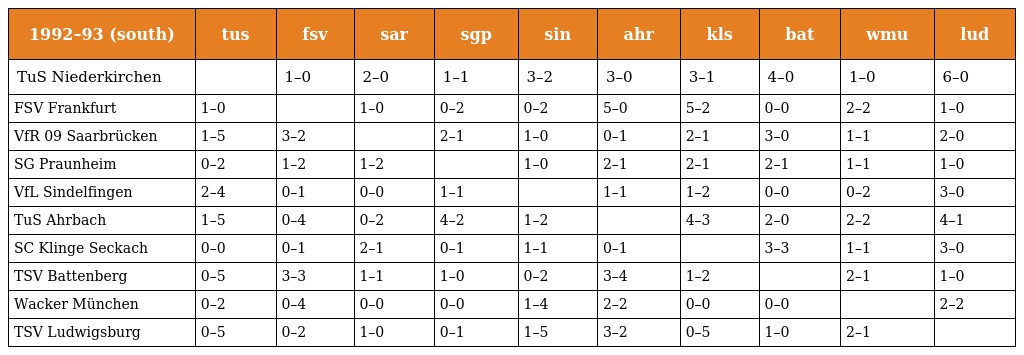
| 1992–93 (south) | tus | fsv | sar | sgp | sin | ahr | kls | bat | wmu | lud |
 | --- | --- | --- | --- | --- | --- | --- | --- | --- | --- | --- |
 | TuS Niederkirchen |  | 1–0 | 2–0 | 1–1 | 3–2 | 3–0 | 3–1 | 4–0 | 1–0 | 6–0 |
 | FSV Frankfurt | 1–0 |  | 1–0 | 0–2 | 0–2 | 5–0 | 5–2 | 0–0 | 2–2 | 1–0 |
 | VfR 09 Saarbrücken | 1–5 | 3–2 |  | 2–1 | 1–0 | 0–1 | 2–1 | 3–0 | 1–1 | 2–0 |
 | SG Praunheim | 0–2 | 1–2 | 1–2 |  | 1–0 | 2–1 | 2–1 | 2–1 | 1–1 | 1–0 |
 | VfL Sindelfingen | 2–4 | 0–1 | 0–0 | 1–1 |  | 1–1 | 1–2 | 0–0 | 0–2 | 3–0 |
 | TuS Ahrbach | 1–5 | 0–4 | 0–2 | 4–2 | 1–2 |  | 4–3 | 2–0 | 2–2 | 4–1 |
 | SC Klinge Seckach | 0–0 | 0–1 | 2–1 | 0–1 | 1–1 | 0–1 |  | 3–3 | 1–1 | 3–0 |
 | TSV Battenberg | 0–5 | 3–3 | 1–1 | 1–0 | 0–2 | 3–4 | 1–2 |  | 2–1 | 1–0 |
 | Wacker München | 0–2 | 0–4 | 0–0 | 0–0 | 1–4 | 2–2 | 0–0 | 0–0 |  | 2–2 |
 | TSV Ludwigsburg | 0–5 | 0–2 | 1–0 | 0–1 | 1–5 | 3–2 | 0–5 | 1–0 | 2–1 |  |